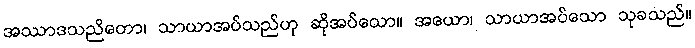
အဿာဒသညိတော၊ သာယာအပ်သည်ဟု ဆိုအပ်သော။ အယော၊ သာယာအပ်သော သုခသည်။